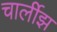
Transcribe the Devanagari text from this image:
चार्लीझ